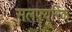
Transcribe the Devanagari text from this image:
सलफ़्यूरिक